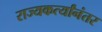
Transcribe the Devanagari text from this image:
राज्यकर्त्यांनंतर